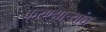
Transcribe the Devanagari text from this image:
करण्यार्‍यांत